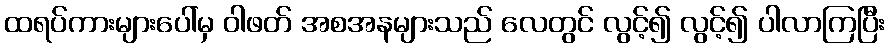
ထရပ်ကားများပေါ်မှ ဝါဖတ် အစအနများသည် လေတွင် လွင့်၍ လွင့်၍ ပါလာကြပြီး